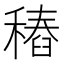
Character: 𥡟